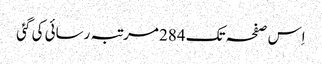
اِس صفحہ تک 284 مرتبہ رسائی کی گئی